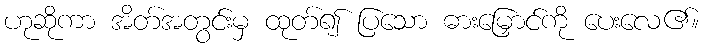
ဟုဆိုကာ အိတ်အတွင်းမှ ထုတ်၍ ပြသော ဓားမြှောင်ကို ပေးလေ၏။